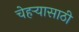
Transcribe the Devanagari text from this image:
चेहर्‍यासाठी